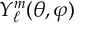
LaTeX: Y _ { \ell } ^ { m } ( \theta , \varphi )